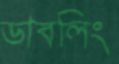
ডাবলিং